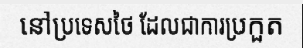
នៅប្រទេសថៃ ដែលជាការប្រកួត